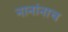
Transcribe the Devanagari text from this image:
नानांनाच